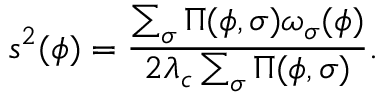
s ^ { 2 } ( \phi ) = \frac { \sum _ { \sigma } \Pi ( \phi , \sigma ) \omega _ { \sigma } ( \phi ) } { 2 \lambda _ { c } \sum _ { \sigma } \Pi ( \phi , \sigma ) } .